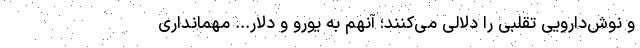
و نوش‌دارویی تقلبی را دلالی می‌کنند؛ آنهم به یورو و دلار... مهمانداری